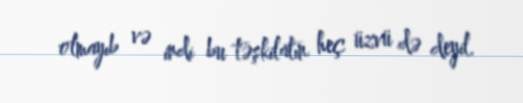
olmayıb və indi bu təşkilatın heç üzvü də deyil.